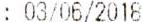
: 03/06/2018